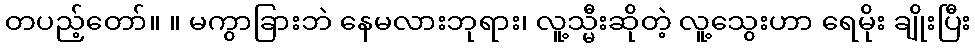
တပည့်တော်။ ။ မကွာခြားဘဲ နေမလားဘုရား၊ လူ့သ္မီးဆိုတဲ့ လူ့သွေးဟာ ရေမိုး ချိုးပြီး